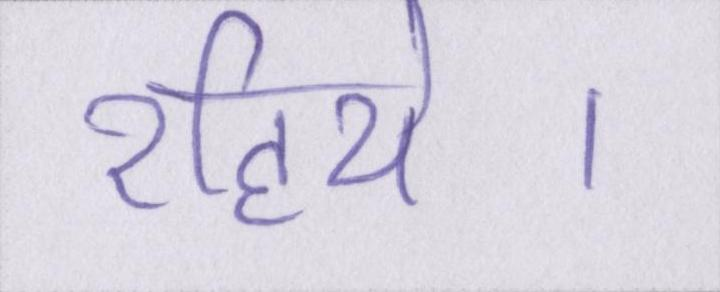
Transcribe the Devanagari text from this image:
रहिये।